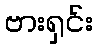
ဗားရှင်း